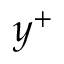
y ^ { + }